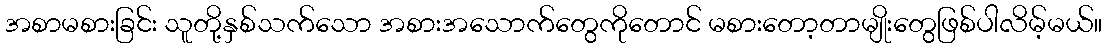
အစာမစားခြင်း သူတို့နှစ်သက်သော အစားအသောက်တွေကိုတောင် မစားတော့တာမျိုးတွေဖြစ်ပါလိမ့်မယ်။